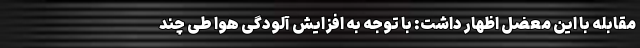
مقابله با این معضل اظهار داشت:‌ با توجه به افزایش آلودگی هوا طی چند